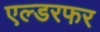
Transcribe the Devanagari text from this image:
एल्डरफर